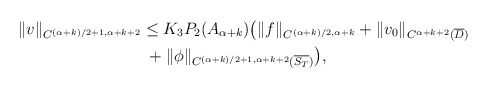
\begin{align*}\|v\|_{ C^{(\alpha+k)/2+1, \alpha+k+2}} &\le K_3 P_2(A_{\alpha+k})\big(\|f\|_{C^{(\alpha+k)/2,\alpha+k}}+\|v_0\|_{C^{\alpha+k+2}(\overline D)}\\&\; +\|\phi\|_{C^{(\alpha+k)/2+1,\alpha+k+2}(\overline{S_T})}\big),\end{align*}